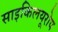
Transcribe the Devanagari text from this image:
साइकिलयूरोप